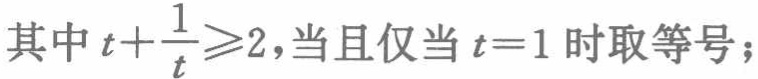
其中\(t+\frac{1}{t}\geqslant2\)，当且仅当\(t = 1\)时取等号；